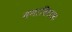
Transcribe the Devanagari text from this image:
नगाधिराजः